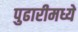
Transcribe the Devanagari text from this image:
पुढारीमध्ये